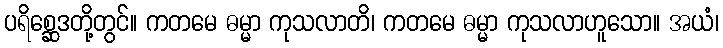
ပရိစ္ဆေဒတို့တွင်။ ကတမေ ဓမ္မာ ကုသလာတိ၊ ကတမေ ဓမ္မာ ကုသလာဟူသော။ အယံ၊